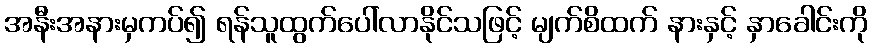
အနီးအနားမှကပ်၍ ရန်သူထွက်ပေါ်လာနိုင်သဖြင့် မျက်စိထက် နားနှင့် နှာခေါင်းကို